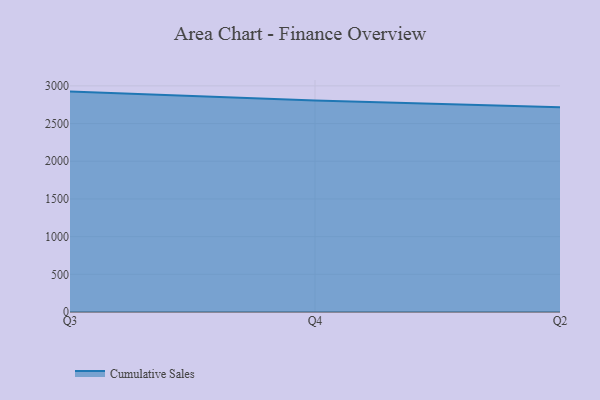
{"axis": {"x": "Quarter", "y": "Production Output"}, "legend": ["Cumulative Sales"], "data": [{"x": "Q3", "y": 2924.3, "type": "Cumulative Sales"}, {"x": "Q4", "y": 2806.3, "type": "Cumulative Sales"}, {"x": "Q2", "y": 2715.7, "type": "Cumulative Sales"}]}